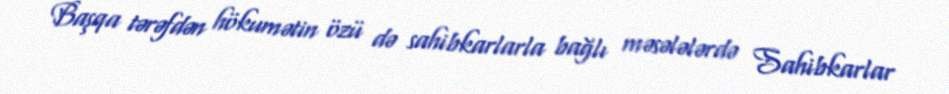
Başqa tərəfdən hökumətin özü də sahibkarlarla bağlı məsələlərdə Sahibkarlar